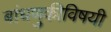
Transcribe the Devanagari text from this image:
बांधणुकीविषयी